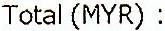
TOTAL(MYR) :